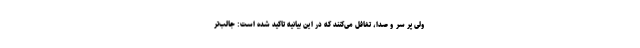
ولی پر سر و صدا، تغافل می‌کنند که در این بیانیه تاکید شده است: جالب‌تر